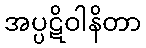
အပ္ပဋိဝါနိတာ